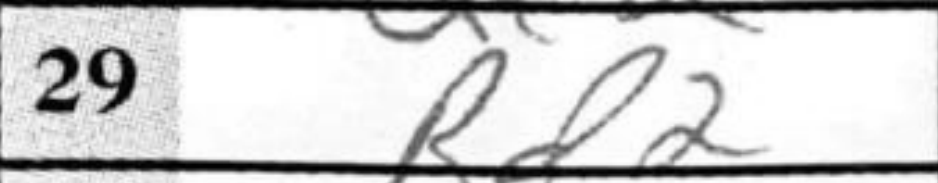
Transcription: Rd2